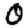
Digit: 0